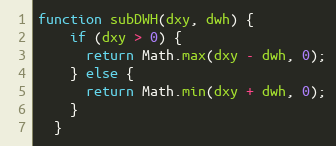
Language: JavaScript
function subDWH(dxy, dwh) {
    if (dxy > 0) {
      return Math.max(dxy - dwh, 0);
    } else {
      return Math.min(dxy + dwh, 0);
    }
  }